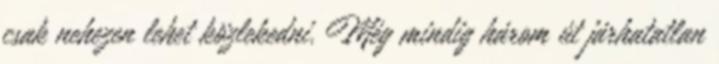
csak nehezen lehet közlekedni. Még mindig három út járhatatlan